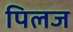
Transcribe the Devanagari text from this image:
पिलज